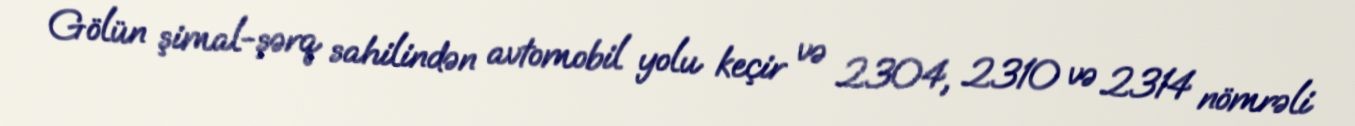
Gölün şimal-şərq sahilindən avtomobil yolu keçir və 2304, 2310 və 2314 nömrəli